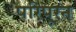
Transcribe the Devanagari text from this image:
परिपूरन